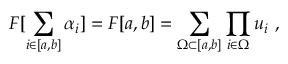
F [ \sum _ { i \in [ a , b ] } \alpha _ { i } ] = F [ a , b ] = \sum _ { \Omega \subset [ a , b ] } \prod _ { i \in \Omega } u _ { i } \ ,